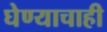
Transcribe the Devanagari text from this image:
घेण्याचाही